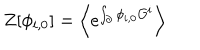
Z [ \phi _ { i , 0 } ] = \Bigl \langle e ^ { \int _ { \partial } \phi _ { i , 0 } { \cal O } ^ { i } } \Bigr \rangle